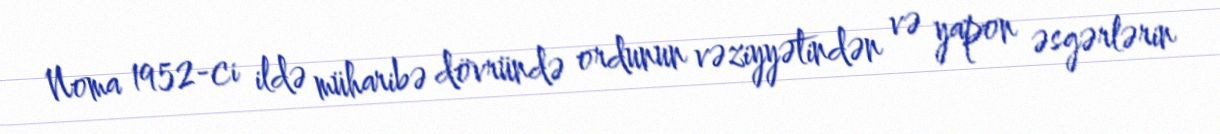
Noma 1952-ci ildə müharibə dövründə ordunun vəziyyətindən və yapon əsgərlərin